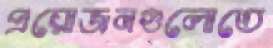
প্রয়োজনগুলোতে